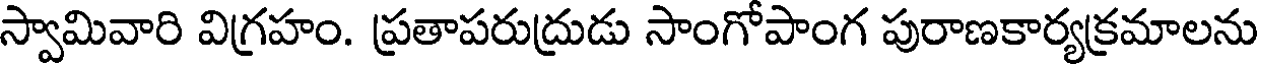
స్వామివారి విగ్రహం. ప్రతాపరుద్రుడు సాంగోపాంగ పురాణకార్యక్రమాలను